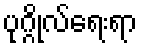
ပုဂ္ဂိုလ်ရေးရာ